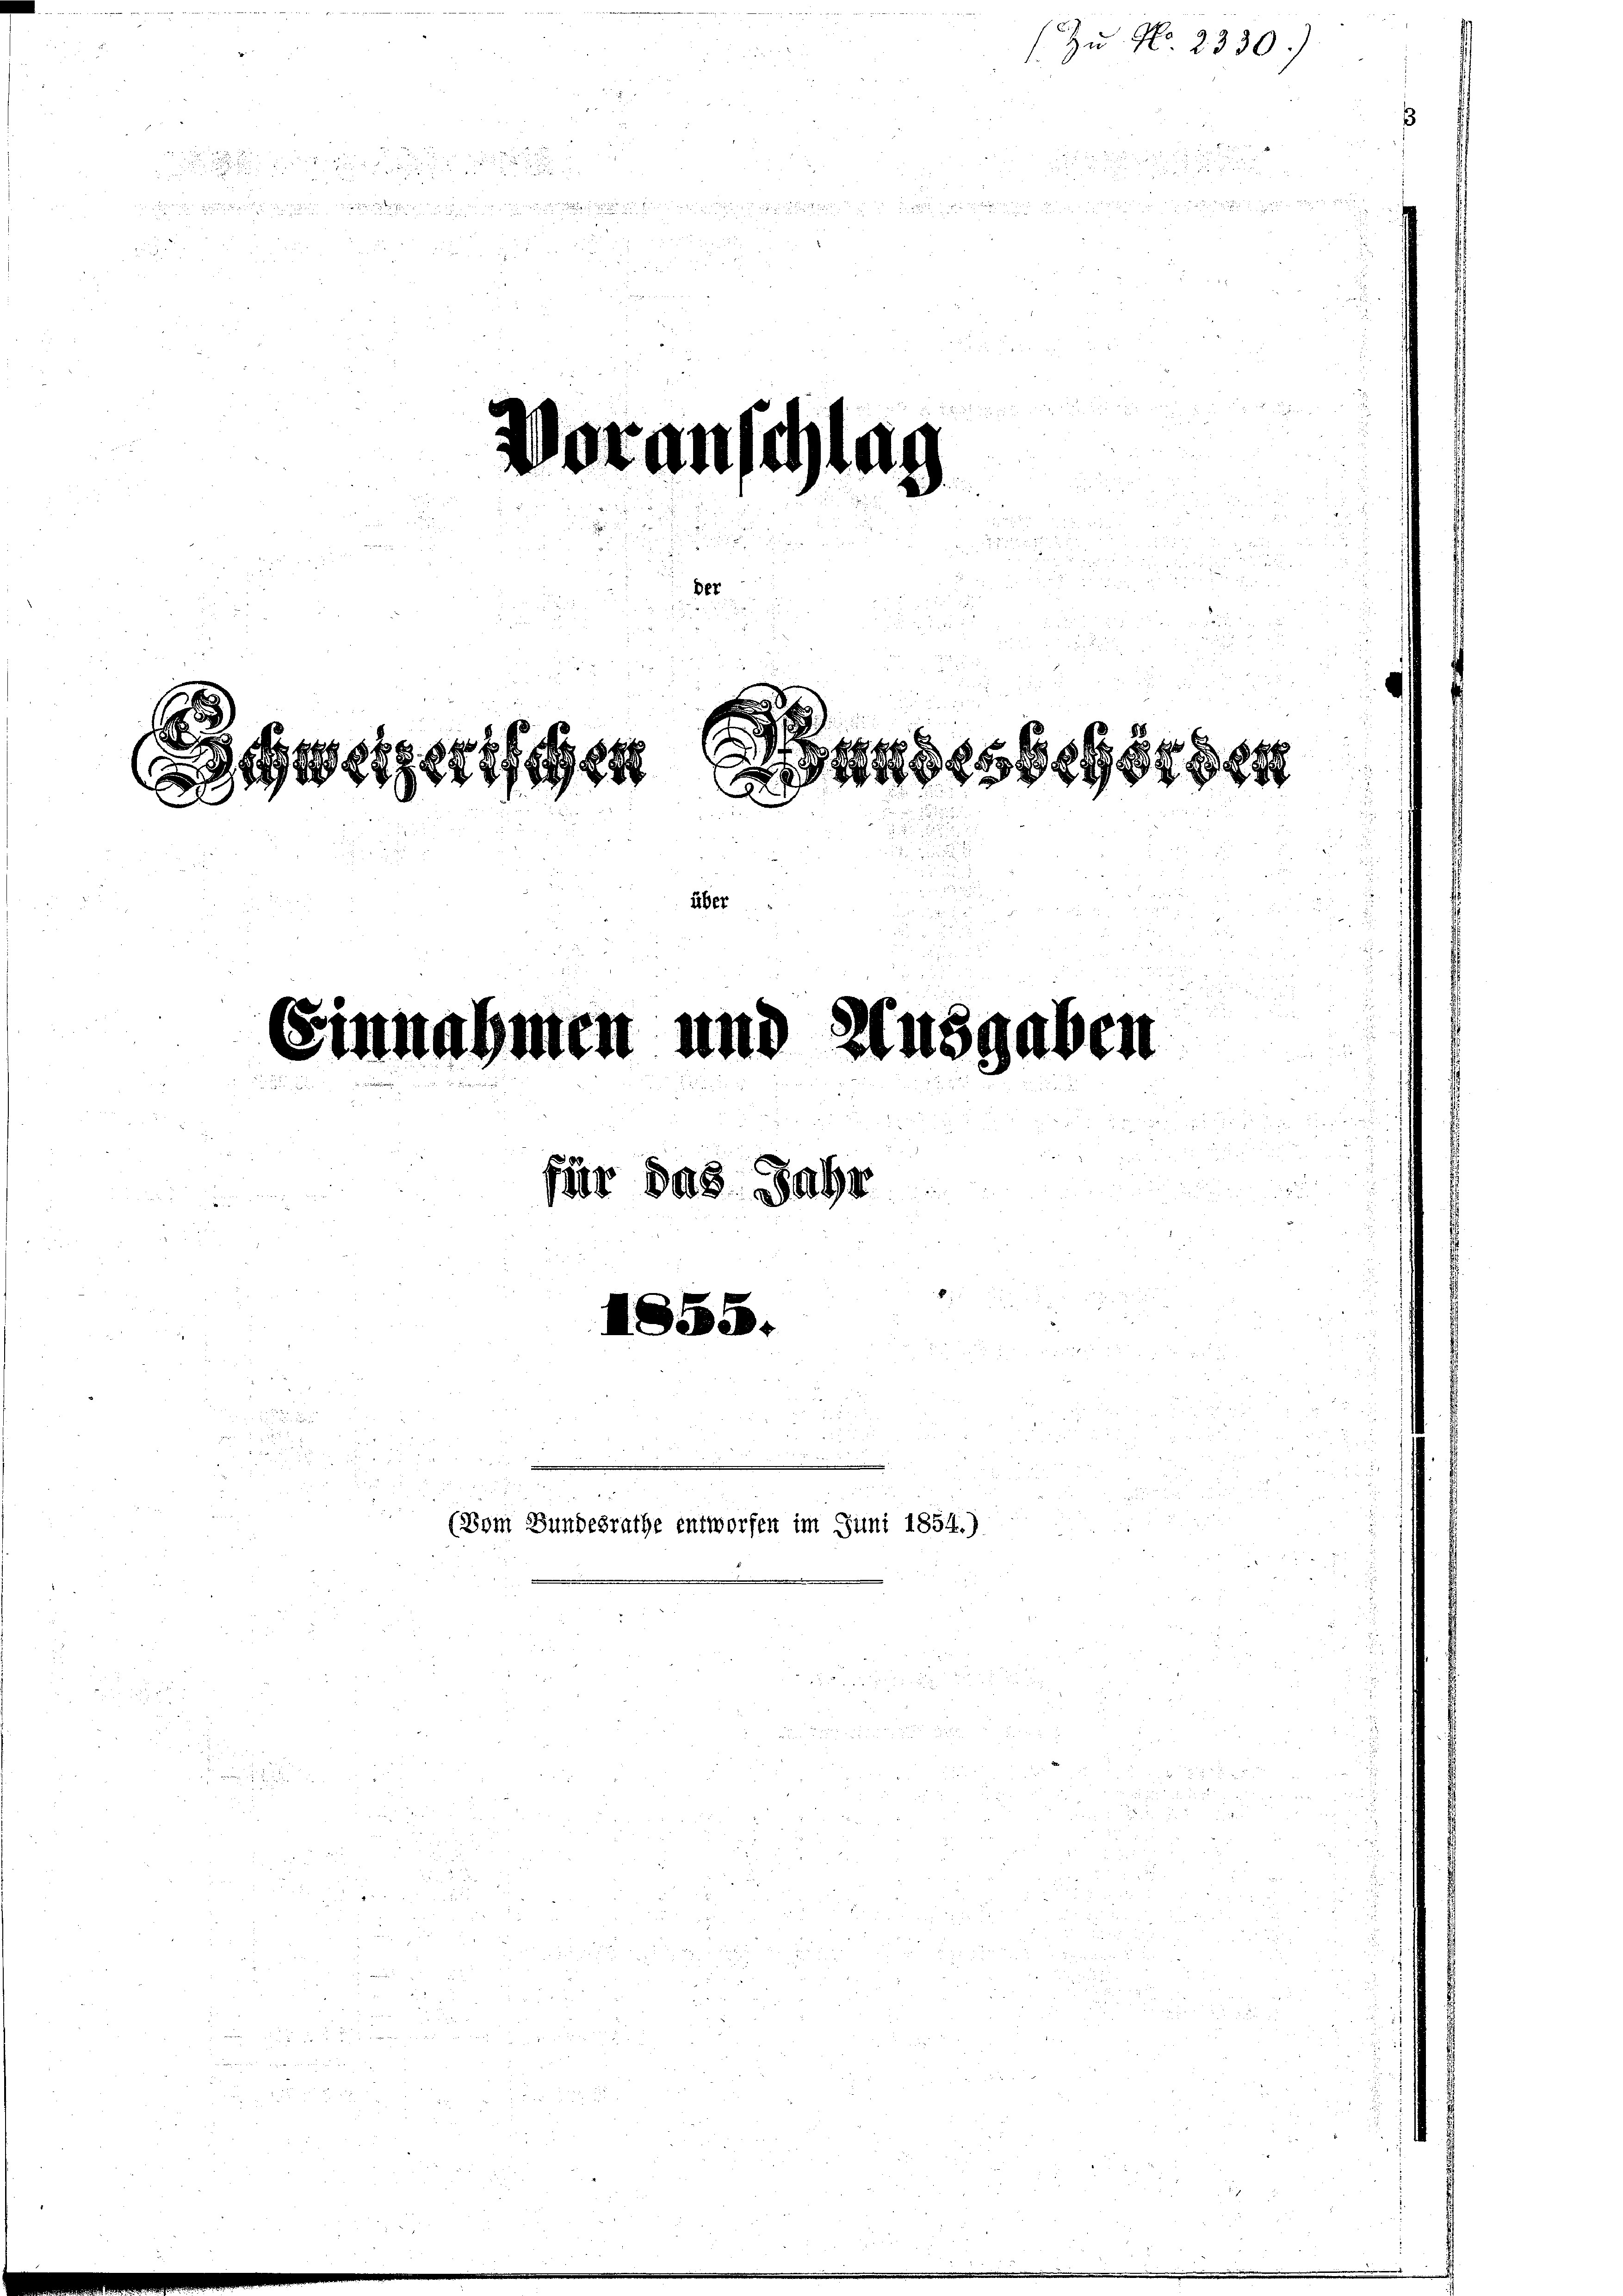
2

Voranschlag
221/1924
andesgegen
be
Einnahmen und Ausgaben
i
für das Jahr

(Vom Bundesrathe entworfen im Juni 1854.)

(Zu No. 2330)

u

 f 20 x
n
i